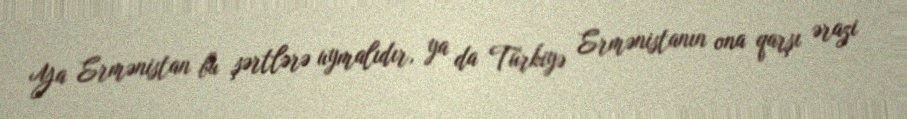
Ya Ermənistan bu şərtlərə uymalıdır, ya da Türkiyə Ermənistanın ona qarşı ərazi